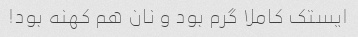
ایستک کاملا گرم بود و نان هم کهنه بود!